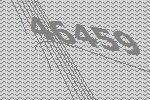
46459